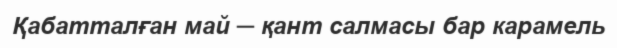
Қабатталған май ─ қант салмасы бар карамель